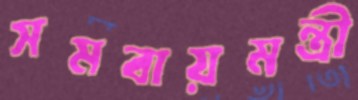
সমবায়মন্ত্রী